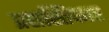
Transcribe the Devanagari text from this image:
प्रशस्तिकार